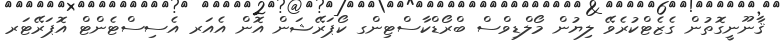
ޤާނޫނީގޮތުން ގެޒެޓްކުރެވޭ ލިޔުން މޯލްޑިވްސް ބްރޯޑްކާސްޓިންގ ކޯޕަރޭޝަން އޮން އެއަރ އެސިސްޓެންޓް އޮޕަރޭޓަރ